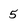
Character: 5